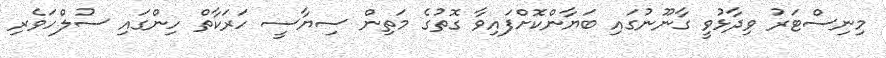
މިނިސްޓަރު ވިދާޅުވީ ގާނޫނުގައި ބަޔާންކޮށްފައިވާ ގޮތުގެ މަތިން ސިޔާސީ ހަރަކާތް ހިންގައި ސުލްހަވެރި